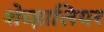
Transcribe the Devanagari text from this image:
शेव्हालियर